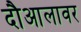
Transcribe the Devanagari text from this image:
दौआलावर